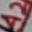
Text: A2